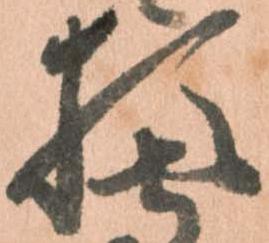
猶